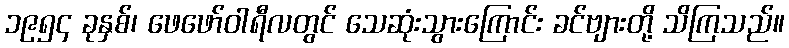
၁၉၅၄ ခုနှစ်၊ ဖေဖော်ဝါရီလတွင် သေဆုံးသွားကြောင်း ခင်ဗျားတို့ သိကြသည်။